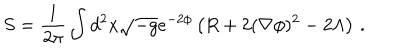
S = \frac { 1 } { 2 \pi } \int d ^ { 2 } x \sqrt { - g } e ^ { - 2 \phi } \left( R + 2 ( \nabla \phi ) ^ { 2 } - 2 \Lambda \right) \, .